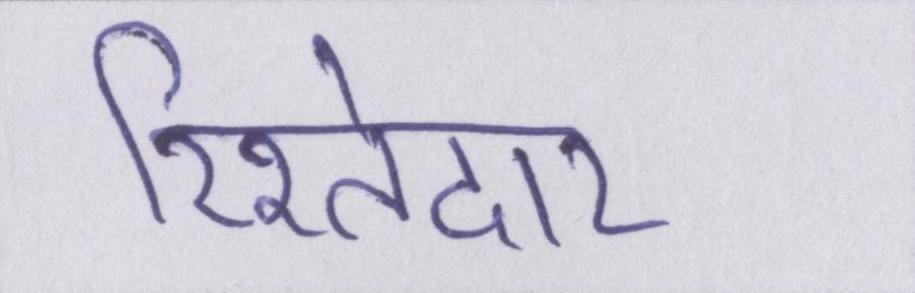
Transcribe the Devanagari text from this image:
रिश्तेदार